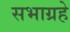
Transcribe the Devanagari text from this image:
सभाग्रहे